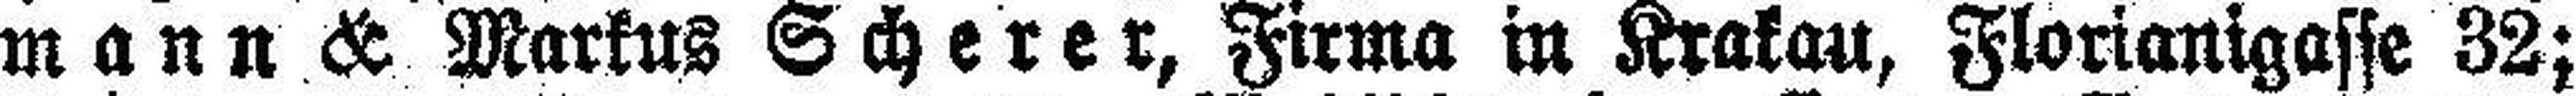
mann & Markus Scherer, Firma in Krakau, Florianigasse 32;